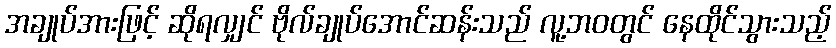
အချုပ်အားဖြင့် ဆိုရလျှင် ဗိုလ်ချုပ်အောင်ဆန်းသည် လူ့ဘဝတွင် နေထိုင်သွားသည့်